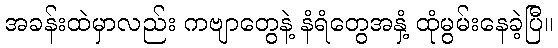
အခန်းထဲမှာလည်း ကဗျာတွေနဲ့ နံရံတွေအနှံ့ ထုံမွမ်းနေခဲ့ပြီ။